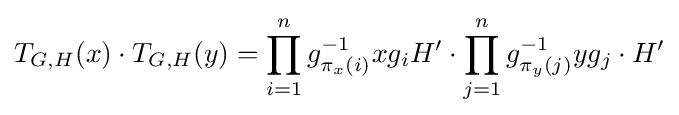
T_{G,H}(x)\cdot T_{G,H}(y)=\prod _{i=1}^{n}g_{\pi _{x}(i)}^{-1}xg_{i}H'\cdot \prod _{j=1}^{n}g_{\pi _{y}(j)}^{-1}yg_{j}\cdot H'